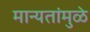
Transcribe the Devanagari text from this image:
मान्यतांमुळे